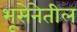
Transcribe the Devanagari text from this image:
भूसेनेतील